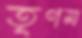
তৃণম